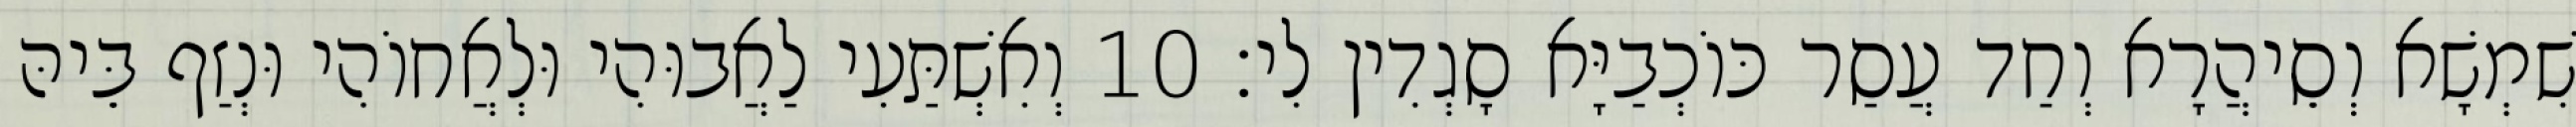
שִׁמְשָׁא וְסֵיהֲרָא וְחַד עֲסַר כּוֹכְבַיָּא סָגְדִין לִי׃ 10 וְאִשְׁתַּעִי לַאֲבוּהִי וּלְאֲחוֹהִי וּנְזַף בֵּיהּ